Scottish Certificate of Education, 1962
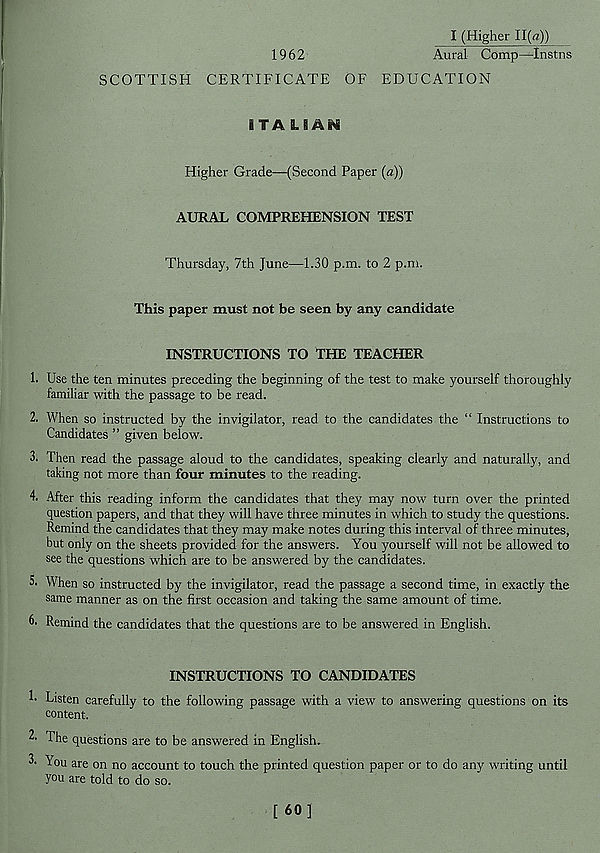
I (Higher II(rt))
1962
Aural Comp—Instns
SCOTTISH CERTIFICATE OF EDUCATION
ITA LSAN
Higher Grade—(Second Paper (a))
AURAL COMPREHENSION TEST
Thursday, 7th June—1.30 p.m. to 2 p.m.
This paper must not be seen by any candidate
INSTRUCTIONS TO THE TEACHER
1. Use the ten minutes preceding the beginning of the test to make yourself thoroughly
familiar with the passage to be read.
2. When so instructed by the invigilator, read to the candidates the “ Instructions to
Candidates ” given below.
3. Then read the passage aloud to the candidates, speaking clearly and naturally, and
taking not more than four minutes to the reading.
4. After this reading inform the candidates that they may now turn over the printed
question papers, and that they will have three minutes in which to study the questions.
Remind the candidates that they may make notes during this interval of three minutes,
but only on the sheets provided for the answers. You yourself will not be allowed to
see the questions which are to be answered by the candidates.
5. When so instructed by the invigilator, read the passage a second time, in exactly the
same manner as on the first occasion and taking the same amount of time.
6- Remind the candidates that the questions are to be answered in English.
INSTRUCTIONS TO CANDIDATES
R Listen carefully to the following passage with a view to answering questions on its
content.
R The questions are to be answered in English.
L You are on no account to touch the printed question paper or to do any writing until
you are told to do so.
[ 60]